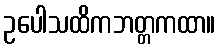
ဥပေါသထိကဘတ္တကထာ။